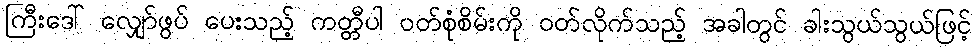
ကြီးဒေါ် လျှော်ဖွပ် ပေးသည့် ကတ္တီပါ ဝတ်စုံစိမ်းကို ဝတ်လိုက်သည့် အခါတွင် ခါးသွယ်သွယ်ဖြင့်